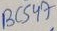
Text: BC547